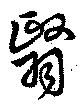
翳